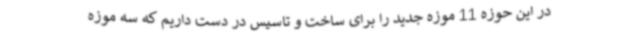
در این حوزه 11 موزه جدید را برای ساخت و تاسیس در دست داریم که سه موزه